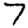
Digit: 7